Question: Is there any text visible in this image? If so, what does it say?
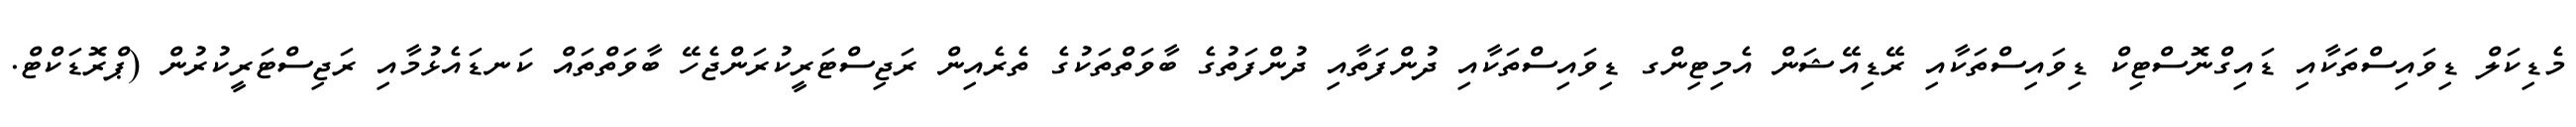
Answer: މެޑިކަލް ޑިވައިސްތަކާއި ޑައިގްނޮސްޓިކް ޑިވައިސްތަކާއި ރޭޑިއޭޝަން އެމިޓިންގ ޑިވައިސްތަކާއި ދުންފަތާއި ދުންފަތުގެ ބާވަތްތަކުގެ ތެރެއިން ރަޖިސްޓަރީކުރަންޖެހޭ ބާވަތްތައް ކަނޑައެޅުމާއި ރަޖިސްޓަރީކުރުން (ޕްރޮޑަކްޓް.